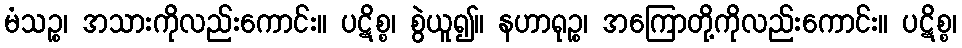
မံသဉ္စ၊ အသားကိုလည်းကောင်း။ ပဋိစ္စ၊ စွဲယူ၍။ နဟာရုဉ္စ၊ အကြောတို့ကိုလည်းကောင်း။ ပဋိစ္စ၊